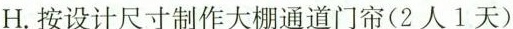
H.按设计尺寸制作大棚通道门帘(2人1天)